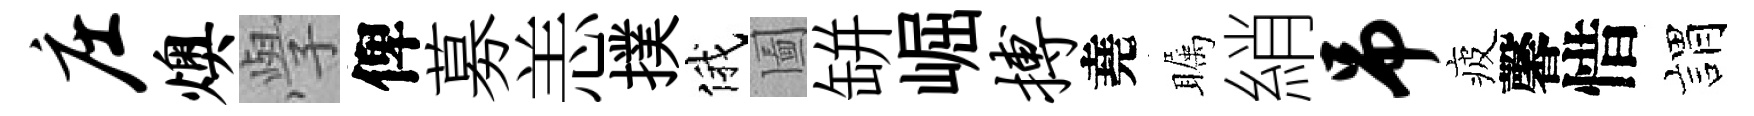
庄燠𭓕俾募恙撲俄圗缾崛搏堯瞩綃吊疲馨惜娟